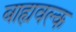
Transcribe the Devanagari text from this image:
बाह्यवल्क